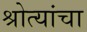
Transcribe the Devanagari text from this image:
श्रोत्यांचा